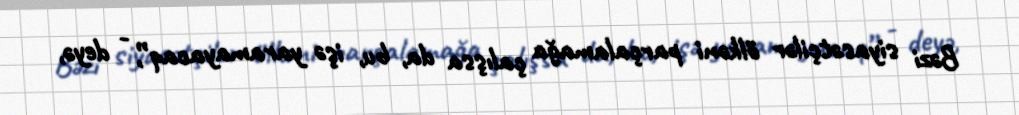
Bəzi siyasətçilər ölkəni parçalamağa çalışsa da, bu, işə yaramayacaq”, - deyə,